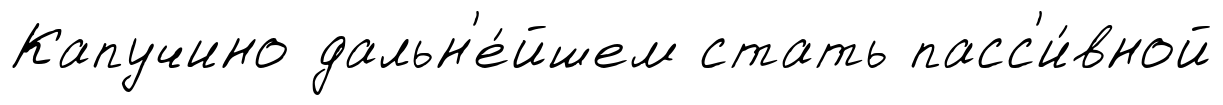
Капучино дальн'е́йшем стать пасс'и́вной